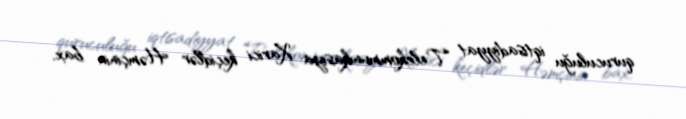
quruculuğu iqtisadiyyat Telekommunikasiya Xarici keçidlər Həmçinin bax.